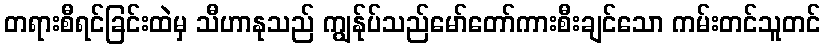
တရားစီရင်ခြင်းထဲမှ သီဟာနုသည် ကျွန်ုပ်သည်မော်တော်ကားစီးချင်သော ကမ်းတင်သူတင်